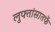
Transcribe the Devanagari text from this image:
लुफ्तांसातर्फे